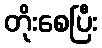
တိုးစေပြီး